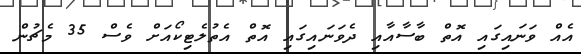
އެއް ވަނައިގައި އޮތް ބާސާއާއި ދެވަނައިގައި އޮތް އެތުލެޓިކޯއަށް ވެސް 35 މެޗުން